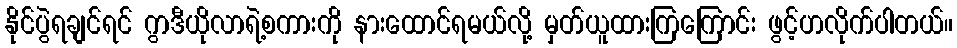
နိုင်ပွဲရချင်ရင် ဂွာဒီယိုလာရဲ့စကားကို နားထောင်ရမယ်လို့ မှတ်ယူထားကြကြောင်း ဖွင့်ဟလိုက်ပါတယ်။